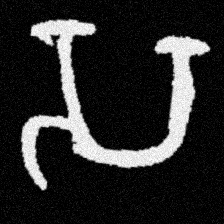
Pyu character \u2014 Myanmar letter: သ (romanized: sa)